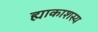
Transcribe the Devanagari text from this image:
ह्याकाशस्य